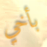
بأخي